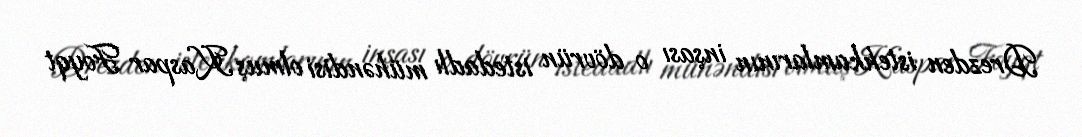
Drezden istehkamlarının inşası o dövrün istedadlı mühəndisi olmuş Kaspar Foyqt